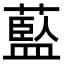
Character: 𦾐